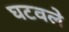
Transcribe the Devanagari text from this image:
घटवले